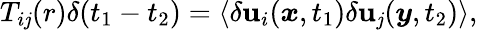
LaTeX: T_{i\mathit{j}}(r)\delta(t_{1}-t_{2})=\langle\delta\mathbf{u}_{i}(\boldsymbol{x},t_{1})\delta\mathbf{u}_{\mathit{j}}(\boldsymbol{y},t_{2})\rangle,